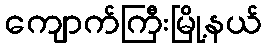
ကျောက်ကြီးမြို့နယ်